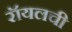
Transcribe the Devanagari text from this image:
रॉयलची